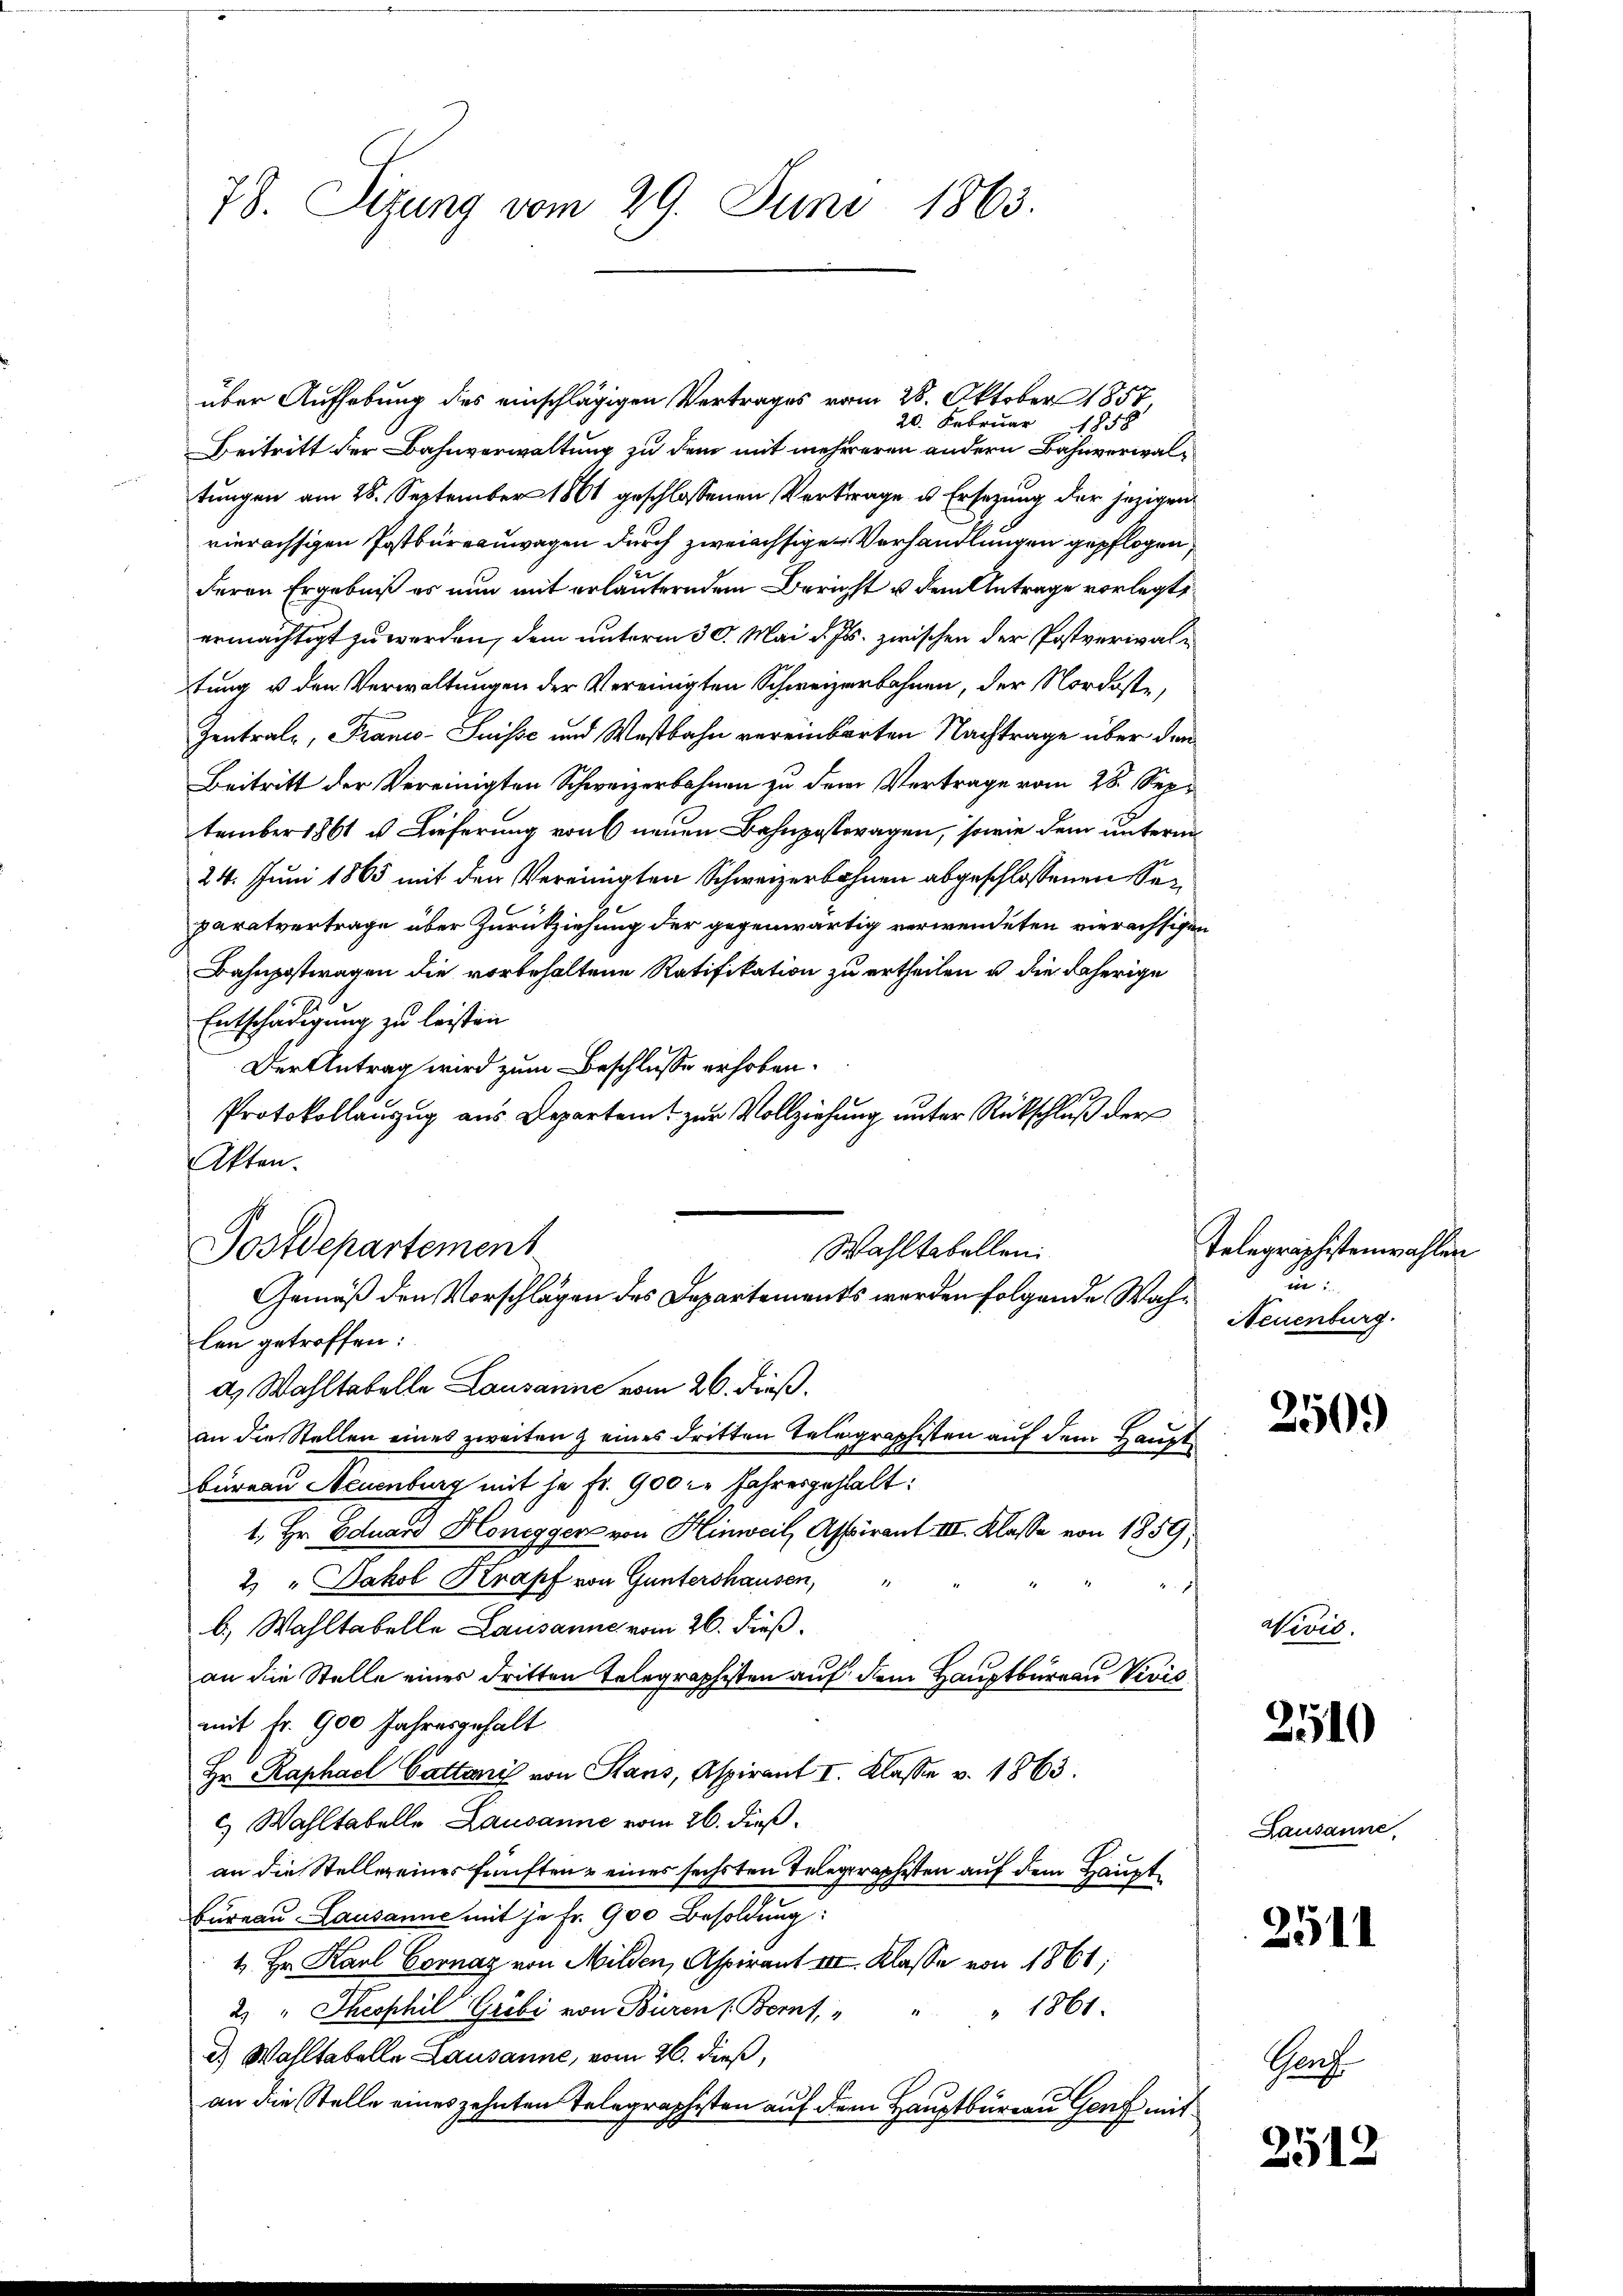
78. Sitzung vom 29. Juni 1863.

Beitritt der Bahnverwaltung zu dem mit mehreren andern Bahnverwaltungen am 28. September 1861 geschlossenen Vertrage u. Ersezung der jezigen
vierachsigen Postbüreauwagen durch zweiachsige Verhandlungen gepflogen,
deren Ergebniß es nun mit erläuterndem Bericht u dem Antrage vorlegt,
ermächtigt zu werden, dem unterm 30. Mai d. Js. zwischen der Postverwaltung u den Verwaltungen der Vereinigten Schweizerbahnen, der Nordoste,
Zentrale, Franco-Suisse und Westbahn vereinbarten Nachtrage über den
Beitritt der Vereinigten Schweizerbahnen zu dem Vertrage vom 28. September 1861 u. Lieferung von 6 neuen Bahnpostragen, sowie dem unterm
24. Juni 1865 mit den Vereinigten Schweizerbahnen abgeschlossenen Separatvertrage über Zurückziehung der gegenwärtig verwendeten vierächtigen
Bahnpostwagen die vorbehaltene Ratifikation zu ertheilen u. die daherige
Entschädigung zu leisten
Der Antrag wird zum Beschlusse erhoben.
Protokollauszug aus Departem zur Vollziehung unter Rückschluß der
Akten.
Postdepartement
Wahltabellen.
Gemäß den Vorschlägen des Departements werden folgende Wahlen getroffen:
a) Wahltabelle Lausanne vom 26. dieß.
an die Stellen eines zweiten & eines dritten Telegraphisten auf dem Haupt
Bureau Neuenburg mit je Fr. 900 l. Jahresgehalt:
1, Hr. Eduard Honegger von Hinweil, Aspirant III. Klasse von 1859,
2) " Jakob Krapf von Guntershausen,
b) Wahltabelle Lausanne vom 26. dieß,
an die Stelle eines dritten Telegraphisten auf dem Hauptbureau Vivis
mit fr. 900 Jahresgehalt
Hr. Raphael Cattanis von Haus, Aspirant I. Klasse v. 1863.
c) Wahltabelle Lausanne vom 26. dießan die Steller eines fünften eines sechsten Telegraphisten auf dem Haupt¬
Bureau Lausanne mit je Fr. 900 Besoldung:
4. Hr. Karl Cornay von Milden, Aspirant III. Klasse von 1861;
2. " Jhesphil Gröbi von Büren Bornt, " " " 1861.
d.) Wahltabelle Lausanne, vom 26. dieß,
an die Stelle eines zehnten Telegraphisten auf dem Hauptbureau Genf mit

über Aufhebung des einschlägigen Vertrages vom 28. Oktober 1857
20. Februar 1858.

Telegraphistenwahlen
un.
Neuenburg.

2509

Nevid.

2510

Lausanne,

2511

Ganz

2512